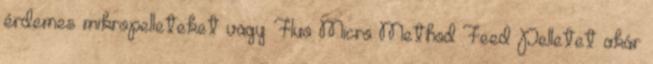
érdemes mikropelleteket vagy Fluo Micro Method Feed Pelletet akár